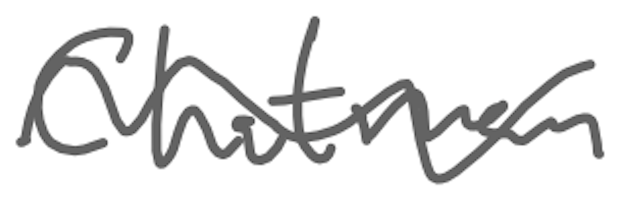
Text: Chatman
Cross-out: wave
Writing tool: digital_gray